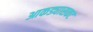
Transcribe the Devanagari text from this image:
आकड्यासकट